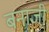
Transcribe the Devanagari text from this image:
बनाजी